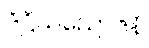
ဒိဋ္ဌိသညောဇနံ